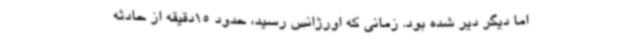
اما دیگر دیر شده بود. زمانی که اورژانس رسید، حدود 15دقیقه از حادثه